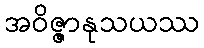
အဝိဇ္ဇာနုသယဿ